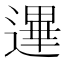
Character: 𰻐